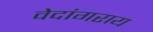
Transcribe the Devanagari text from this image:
वेदांगराय